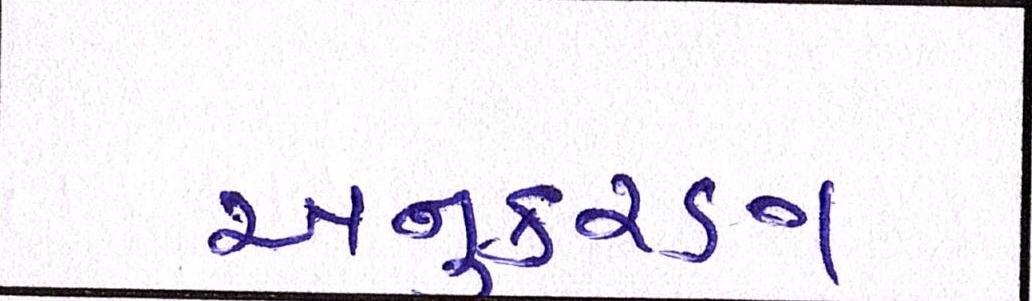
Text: અનુકરણ